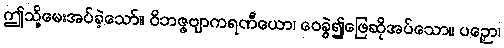
ဤသို့မေးအပ်ခဲ့သော်။ ဝိဘဇ္ဇဗျာကရဏီယော၊ ဝေခွဲ၍ဖြေဆိုအပ်သော။ ပဉှော၊